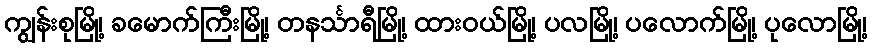
ကျွန်းစုမြို့၊ ခမောက်ကြီးမြို့၊ တနင်္သာရီမြို့၊ ထားဝယ်မြို့၊ ပလမြို့၊ ပလောက်မြို့၊ ပုလောမြို့၊